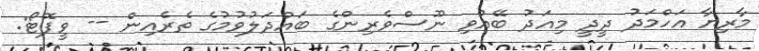
މާރިޔާ އަހްމަދު ދީދީ މިއަދު ބޭއްވި ނޫސްވެރިންގެ ބައްދަލުވުމުގެ ތެރެއިން -- ވީފޮޓޯ: